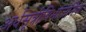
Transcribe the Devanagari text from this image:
अर्धसूत्रीविभाजनिक